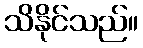
သိနိုင်သည်။